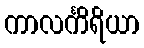
ကာလင်္ကိရိယာ